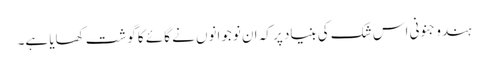
ہندو جنونی اس شک کی بنیاد پر کہ ان نوجوانوں نے گائے کا گوشت کھایا ہے۔